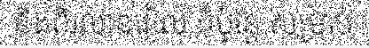
និងពីរលានរៀល ក៏ប៉ុន្តែ សម្រាប់